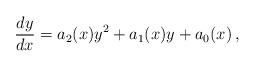
LaTeX: \begin{align*}\frac{dy}{dx}=a_2(x) y^2+a_1(x) y+a_0(x)\,, \end{align*}